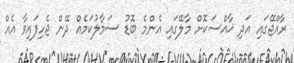
ރާއްޖޭގައި އަދި ޚާއްސަކޮށް މާލޭގައި އެންމެ ބޮޑު ސަމާލުކަމެއް ދޭން ޖެހިފައިވާ އެއް